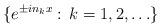
LaTeX: \begin{align*}\{e^{\pm in_kx}:\, k=1,2,\ldots\}\end{align*}